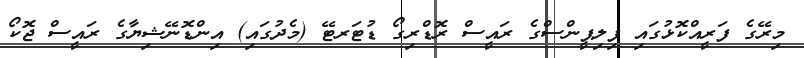
މިރޭގެ ފަރީއްކޮޅުގައި ފިލިޕީންސްގެ ރައީސް ރޮޑްރިގޯ ޑުޓަރޓޭ (މެދުގައި) އިންޑޮނޭޝިޔާގެ ރައީސް ޖޮކޯ